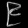
Digit: ၉